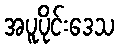
အပူပိုင်းဒေသ